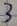
Text: 3